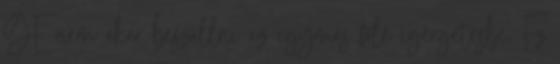
GE nem akar beszállni az egymás fölé ígérgetésbe. Ez